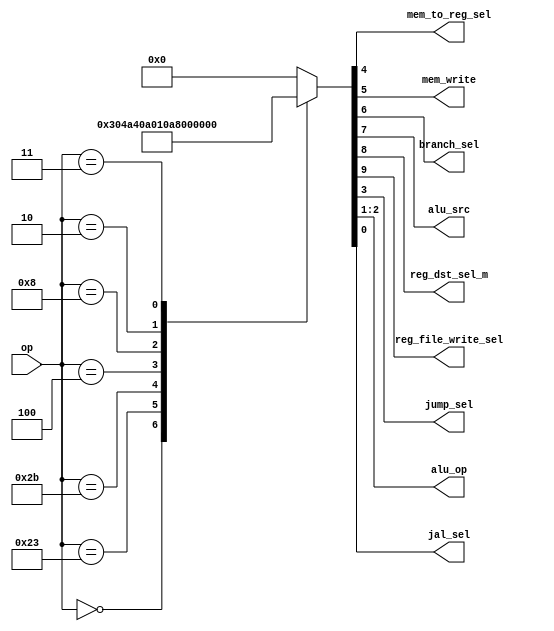
// Main Decoder
module main_dec(
        input [5:0] op,
        output mem_to_reg_sel,
        output mem_write,
        output branch_sel,
        output alu_src,
        output reg_dst_sel_m,
        output reg_file_write_sel,
        output jump_sel,
        output [1:0] alu_op,
		  output jal_sel
);

    reg  [9:0] controls;

    assign {reg_file_write_sel, reg_dst_sel_m, alu_src, branch_sel, mem_write, mem_to_reg_sel, jump_sel, alu_op, jal_sel} = controls;

    always @(*)
        case(op)
            6'b000000: controls <= 10'b1100000100; //Rtype
            6'b100011: controls <= 10'b1010010000; //LW
            6'b101011: controls <= 10'b0010100000; //SW
            6'b000100: controls <= 10'b0001000010; //BEQ
            6'b001000: controls <= 10'b1010000000; //ADDI
            6'b000010: controls <= 10'b0000001000; //J
// Extended begin
            6'b000011: controls <= 10'b1000001001; //JAL
// Extended end
            default:   controls <= 10'b0; //???
        endcase
endmodule